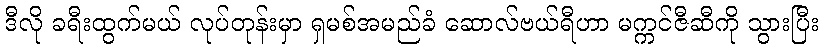
ဒီလို ခရီးထွက်မယ် လုပ်တုန်းမှာ ရှမစ်အမည်ခံ ဆောလ်ဗယ်ရီဟာ မက္ကင်ဇီဆီကို သွားပြီး